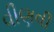
વીણવી